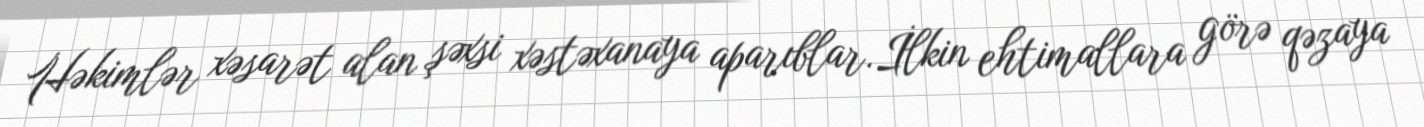
Həkimlər xəsarət alan şəxsi xəstəxanaya aparıblar.İlkin ehtimallara görə qəzaya